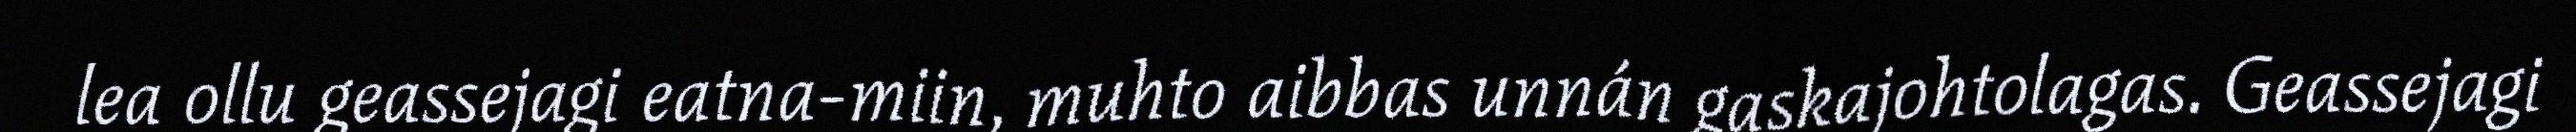
lea ollu geassejagi eatna-miin, muhto aibbas unnán gaskajohtolagas. Geassejagi